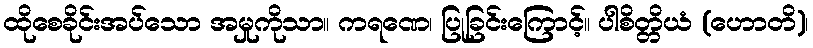
ထိုစေခိုင်းအပ်သော အမှုကိုသာ။ ကရဏေ၊ ပြုခြင်းကြောင့်။ ပါစိတ္တိယံ (ဟောတိ)၊